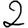
Digit: 2